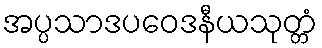
အပ္ပသာဒပဝေဒနီယသုတ္တံ